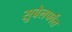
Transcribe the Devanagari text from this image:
सुबेलपर्वत